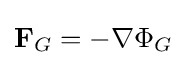
\mathbf {F} _{G}=-\nabla \Phi _{G}